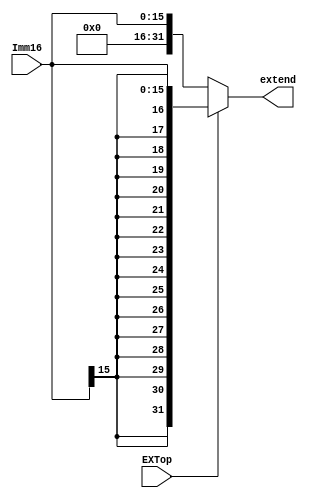
module EXT(
    input [15:0] Imm16,
    input EXTop,
    output [31:0] extend
);
    //0  0 
    //1  
    parameter EXT_unsign = 1'b0;
    parameter EXT_sign   = 1'b1;
    assign extend = (EXTop == EXT_sign) ? {{16{Imm16[15]}},Imm16} : {16'b0,Imm16};
endmodule